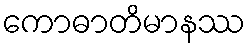
ကောဓာတိမာနဿ